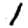
Digit: 1